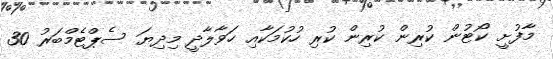
މާފުށީ ކޯޓުން ކުރިން ކުރިން ކުރި ހުކުމަކާއި ހަވާލާދީ މިދިޔަ ސެޕްޓެމްބަރު 30